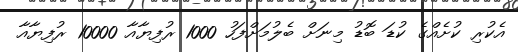
އެކުރި ކުށެއްގެ ކުޑަ ބޮޑު މިނަށް ބެލުމަށްފަހު 1000 ރުފިޔާއާ 10000 ރުފިޔާއާ